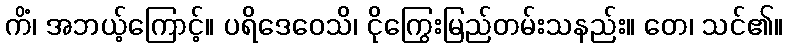
ကိံ၊ အဘယ့်ကြောင့်။ ပရိဒေဝေသိ၊ ငိုကြွေးမြည်တမ်းသနည်း။ တေ၊ သင်၏။